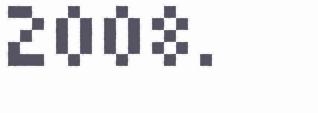
2008.